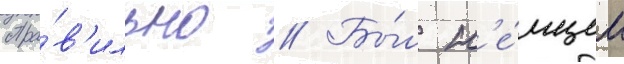
Пра́в'ильно // Бы́л н'е́мцем